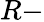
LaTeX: R-